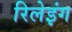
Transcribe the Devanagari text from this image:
रिलेइंग